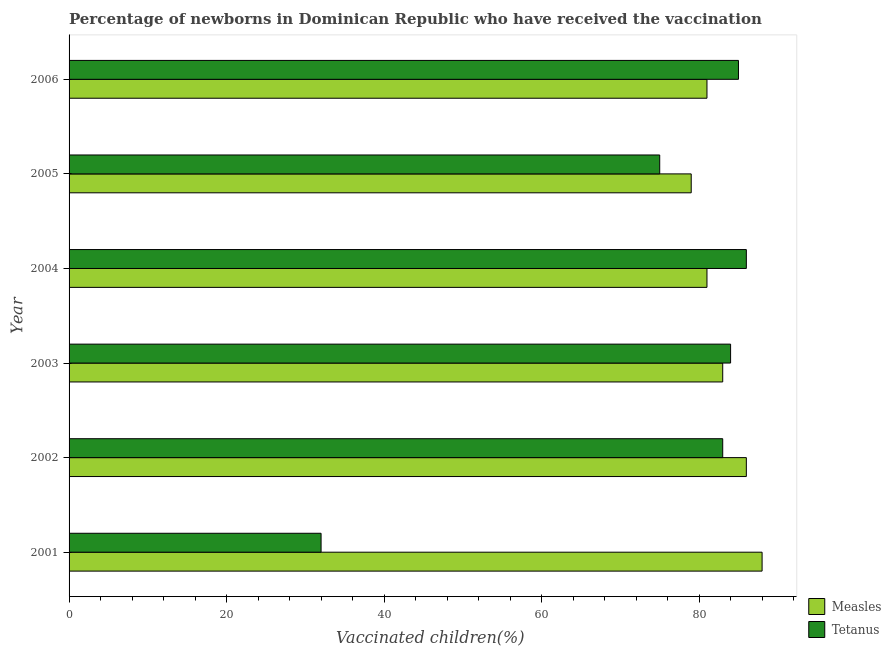
| Year | Measles | Tetanus |
 | --- | --- | --- |
 | 2001 | 88 | 32 |
 | 2002 | 86 | 83 |
 | 2003 | 83 | 84 |
 | 2004 | 81 | 86 |
 | 2005 | 79 | 75 |
 | 2006 | 81 | 85 |